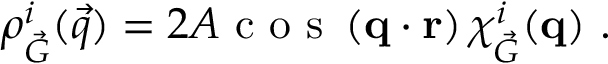
\begin{array} { r } { \rho _ { \vec { G } } ^ { i } ( \vec { q } ) = 2 A \textnormal { c o s } \left( \mathbf { q } \cdot \mathbf { r } \right) \chi _ { \vec { G } } ^ { i } ( \mathbf { q } ) \ . } \end{array}